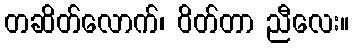
တဆိတ်လောက်၊ ဝိတ်တာ ညီလေး။